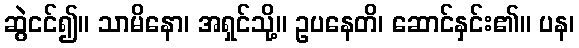
ဆွဲငင်၍။ သာမိနော၊ အရှင်သို့။ ဥပနေတိ၊ ဆောင်နှင်း၏။ ပန၊